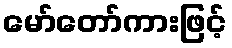
မော်တော်ကားဖြင့်